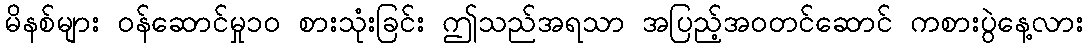
မိနစ်များ ဝန်ဆောင်မှု၁၀ စားသုံးခြင်း ဤသည်အရသာ အပြည့်အဝတင်ဆောင် ကစားပွဲနေ့လား